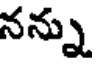
నన్ను